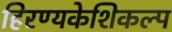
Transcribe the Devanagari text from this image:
हिरण्यकेशिकल्प